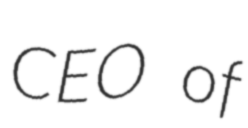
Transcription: CEO of